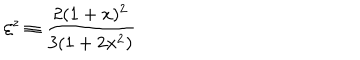
\xi ^ { z } \equiv \frac { 2 ( 1 + x ) ^ { 2 } } { 3 ( 1 + 2 x ^ { 2 } ) }